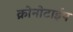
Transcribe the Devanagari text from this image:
क्रोनोटाईप